Report on vaccination in Madras 1904-1921 - 1904-1921
Year: 1904
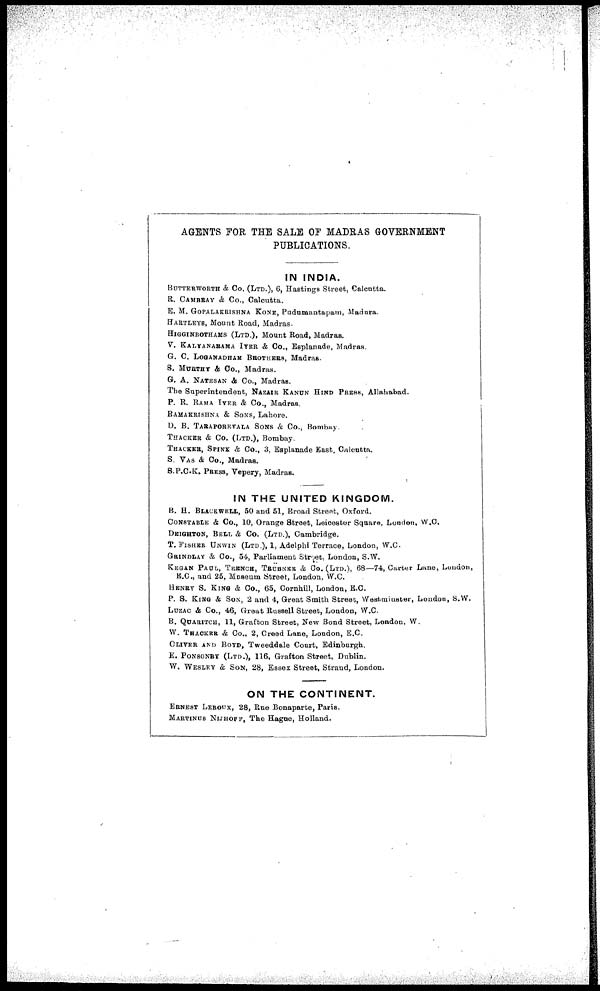
AGENTS FOR THE SALE OF MADRAS GOVERNMENT
PUBLICATIONS.
IN INDIA.
BUTTERWORTH & Co, (LTD.), 6, Hastings Street, Calcutta.
R. CAMBRAY & Co., Calcutta.
E. M. GOPALAKRISHNA KONE, Pudumantapatn, Madura.
HARTLEYS, Mount Road, Madras.
HIGGINBOTHAMS (LTD.), Mount Road, Madras.
V. KALYANARAMA IYER & Co., Esplanade, Madras.
G. C. LOGANADHAM BROTHERS, Madras.
S. MURTHY & Co., Madras.
G. A. NATESAN & Co., Madras.
The Superintendent, NAZAIR KANUN HIND PRESS, Allahabad.
P. R. RAMA IYER & Co., Madras.
RAMAKRISHNA & SONS, Lahore.
D. B. TARAPOREVALA SONS & Co., Bombay.
THACKER & Co. (LTD.), Bombay.
THACKER, SPINK & Co., 3, Esplanade East, Calcutta.
S. VAS & Co., Madras.
S.P.C.K. PRESS, Vepery, Madras.
IN THE UNITED KINGDOM.
B. H. BLACKWELL, 50 and 51, Broad Street, Oxford.
CONSTABLE & Co., 10, Orange Street, Leicester Square, London, W.C.
DEIGHTON, BELL & Co. (Ltd.), Cambridge.
T. FISHER UNWIN (LTD.), 1, Adelphi Terrace, London, W.C.
GRINDLAY & Co., 54, Parliament Street, London, S.W.
KEGAN PAUL, TRENCH, TRÜBNER & Co. (LTD.), 68—74, Carter Lane, London,
E.C., and 25, Museum Street, London, W.C.
HENRY S. KING & Co., 65, Cornhill, London, E.C.
P. S. KING & SON, 2 and 4, Great Smith Street, Westminster, London, S.W.
LUZAC & Co., 46, Great Russell Street, London, W.C.
B. QUARITCH, 11, Grafton Street, New Bond Street, London, W.
W. THACKER & Co., 2, Creed Lane, London, E.C.
OLIVER AND BOYD, Tweeddale Court, Edinburgh.
E. PONSONBY (LTD.), 116, Grafton Street, Dublin.
W. WESLEY & SON, 28, Essex Street, Strand, London.
ON THE CONTINENT.
ERNEST LEROUX, 28, Rue Bonaparte, Paris.
MARTINUS NIJHOFF, The Hague, Holland.